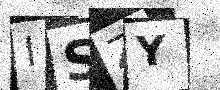
Text: ISZY